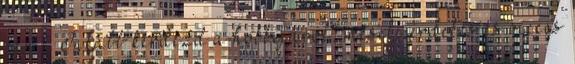
van?” Inkább kérdezd a hobbijáról, mesélj érdekes és vicces